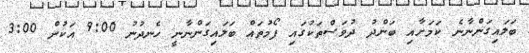
ބަލައިގަންނާނެ ކަމަށާއި ބަންދު ދުވަސްތަކުގައި ފޯމުތައް ބަލައިގަންނާނީ ހެނދުނު 9:00 އަކުން 3:00